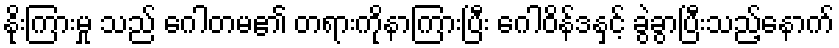
နိုးကြားမှု သည် ဂေါတမ၏ တရားကိုနာကြားပြီး ဂေါဝိန်ဒနှင့် ခွဲခွာပြီးသည့်နောက်